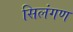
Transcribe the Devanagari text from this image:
सिलंगण